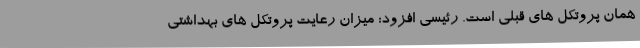
همان پروتکل های قبلی است. رئیسی افزود: میزان رعایت پروتکل های بهداشتی